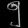
Digit: ၅